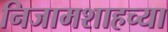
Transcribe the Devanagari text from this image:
निजामशाहच्या